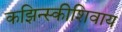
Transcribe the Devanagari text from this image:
कझिन्स्कीशिवाय